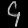
Digit: ၄